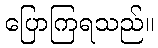
ပြောကြရသည်။